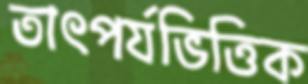
তাৎপর্যভিত্তিক